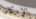
بالإمكان